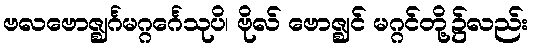
ဗလဗောဇ္ဈင်္ဂမဂ္ဂင်္ဂေသုပိ၊ ဗိုလ် ဗောဇ္ဈင် မဂ္ဂင်တို့၌လည်း